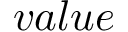
v a l u e